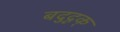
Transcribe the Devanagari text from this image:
बदुदृक्